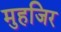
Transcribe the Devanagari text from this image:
मुहजिर